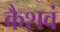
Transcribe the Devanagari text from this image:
कैशवं